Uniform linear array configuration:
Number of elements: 12
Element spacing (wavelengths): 0.25
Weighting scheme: uniform
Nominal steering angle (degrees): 45
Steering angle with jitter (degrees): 46.111
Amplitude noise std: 0.05
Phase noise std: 0.05

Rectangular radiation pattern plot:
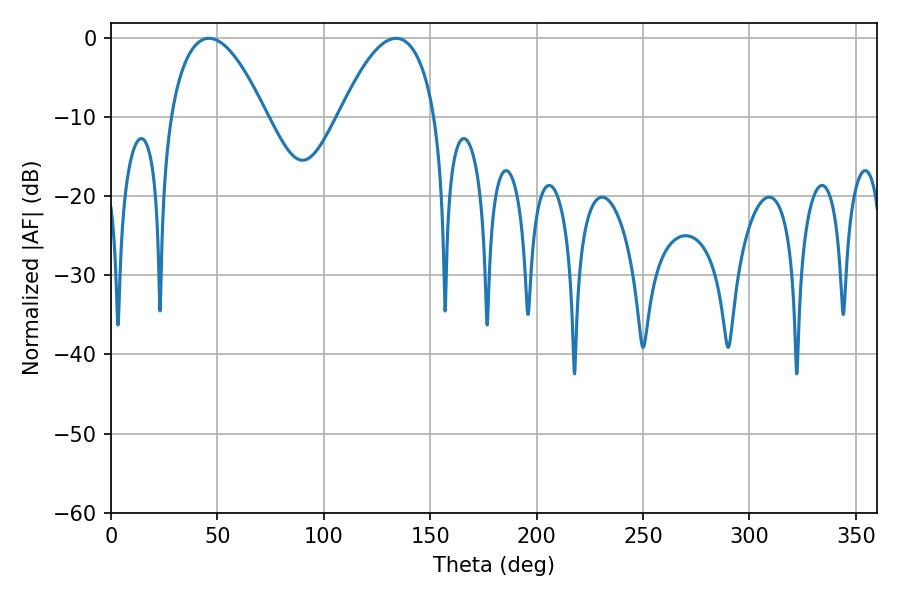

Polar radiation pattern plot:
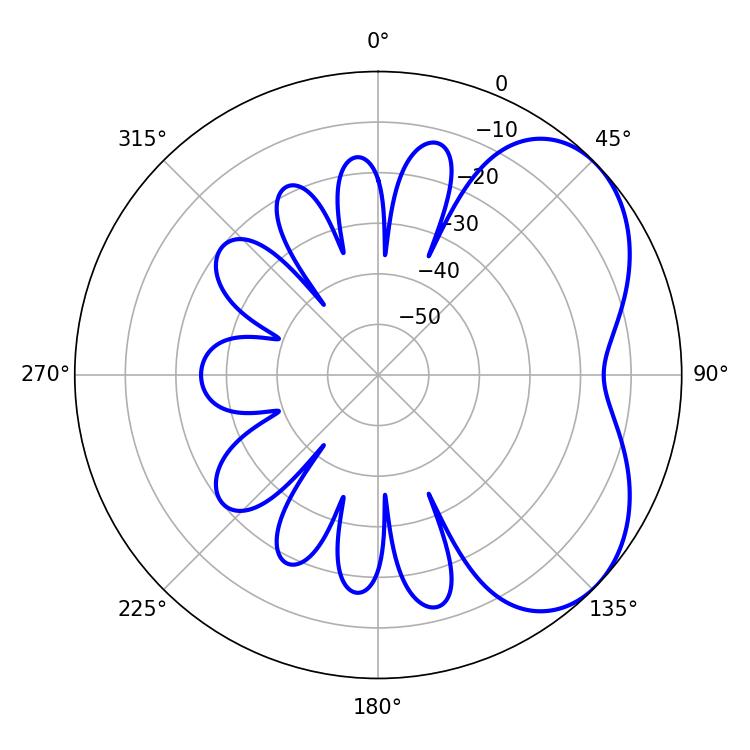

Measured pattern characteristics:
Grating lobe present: FALSE
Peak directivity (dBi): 4.59
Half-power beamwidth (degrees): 24.84
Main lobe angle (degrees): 46.08